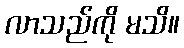
လာသည်ကို မသိ။